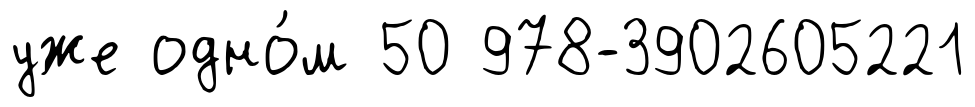
уже одно́м 50 978-3902605221